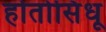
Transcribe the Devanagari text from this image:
होतोसिंधू